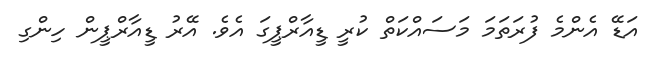
އަޑޭ އެންމެ ފުރަތަމަ މަސައްކަތް ކުރީ ޑީއާރްޕީގަ އެވެ. އޭރު ޑީއާރްޕީން ހިންގި